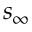
s _ { \infty }